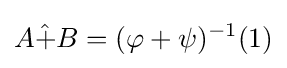
A{\hat {+}}B=(\varphi +\psi )^{-1}(1)